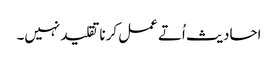
احادیث اُتے عمل کرنا تقلید نہیں۔